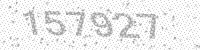
Solution: 157927